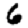
Digit: 6